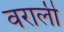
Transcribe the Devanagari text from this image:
वराली